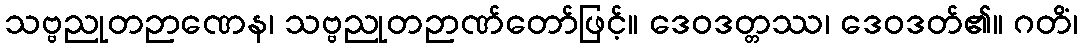
သဗ္ဗညုတဉာဏေန၊ သဗ္ဗညုတဉာဏ်တော်ဖြင့်။ ဒေဝဒတ္တဿ၊ ဒေဝဒတ်၏။ ဂတိံ၊